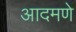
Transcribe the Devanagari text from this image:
आदमणे